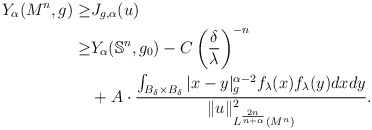
\begin{align*} Y_\alpha(M^n,g)\geq &J_{g,\alpha}(u)\\ \geq & Y_\alpha(\mathbb{S}^n,g_0)-C\left(\frac\delta\lambda\right)^{-n}\\ &+A\cdot \frac{\int_{B_\delta\times B_\delta}|x-y|_g^{\alpha-2}f_\lambda(x)f_\lambda(y)dxdy} {\|u\|_{L^{\frac{2n}{n+\alpha}}(M^n)}^2}. \end{align*}